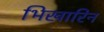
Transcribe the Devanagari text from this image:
भिखारिन